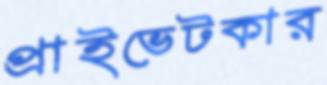
প্রাইভেটকার